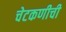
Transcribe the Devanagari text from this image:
चेटकणीची